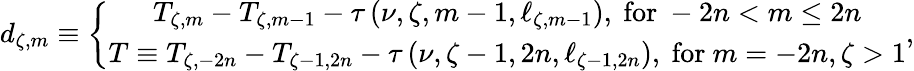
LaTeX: d_{\zeta,m}\equiv\left\{ \begin{array}{c}{T_{\zeta,m}-T_{\zeta,m-1}-\tau\left(\nu,\zeta,m-1,\ell_{\zeta,m-1}\right),\mathrm{~for~}-2n<m\leq 2n}\\ {T\equiv T_{\zeta,-2n}-T_{\zeta-1,2n}-\tau\left(\nu,\zeta-1,2n,\ell_{\zeta-1,2n}\right),\mathrm{~for~}m=-2n,\zeta>1}\end{array}\right.,